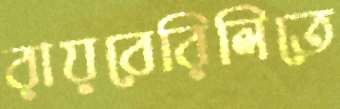
রায়বেরিলিতে